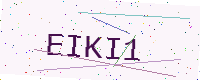
Text: EIKI1